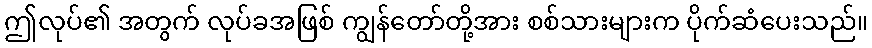
ဤလုပ်၏ အတွက် လုပ်ခအဖြစ် ကျွန်တော်တို့အား စစ်သားများက ပိုက်ဆံပေးသည်။